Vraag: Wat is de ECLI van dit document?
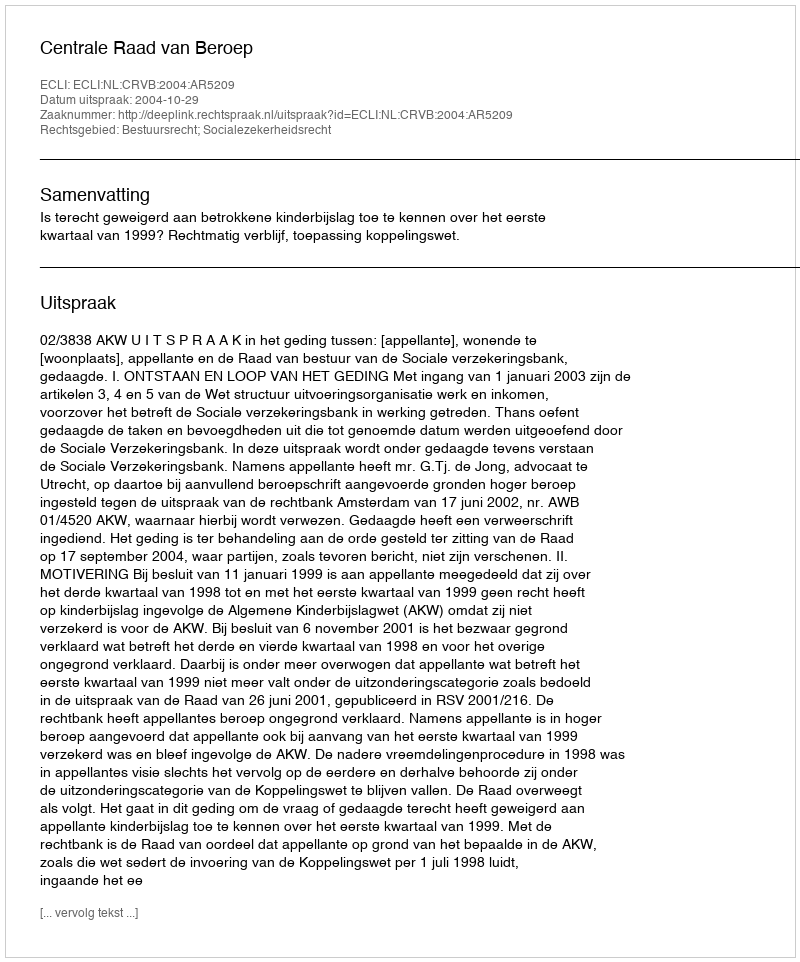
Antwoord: ECLI:NL:CRVB:2004:AR5209